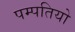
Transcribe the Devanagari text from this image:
पम्‍पतियो